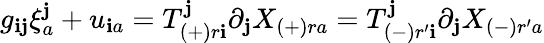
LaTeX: g_{\mathbf{i}\mathbf{j}}\xi_{a}^{\mathbf{j}}+u_{\mathbf{i}a}=T_{(+)r\mathbf{i}}^{\mathbf{j}}\partial_{\mathbf{j}}X_{(+)ra}=T_{(-)r^{\prime}\mathbf{i}}^{\mathbf{j}}\partial_{\mathbf{j}}X_{(-)r^{\prime}a}